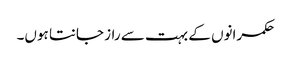
حکمرانوں کے بہت سے راز جانتا ہوں۔